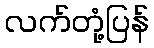
လက်တုံ့ပြန်